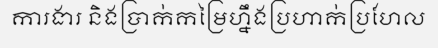
ការងារ និងប្រាក់កម្រៃហ្នឹងប្រហាក់ប្រហែល